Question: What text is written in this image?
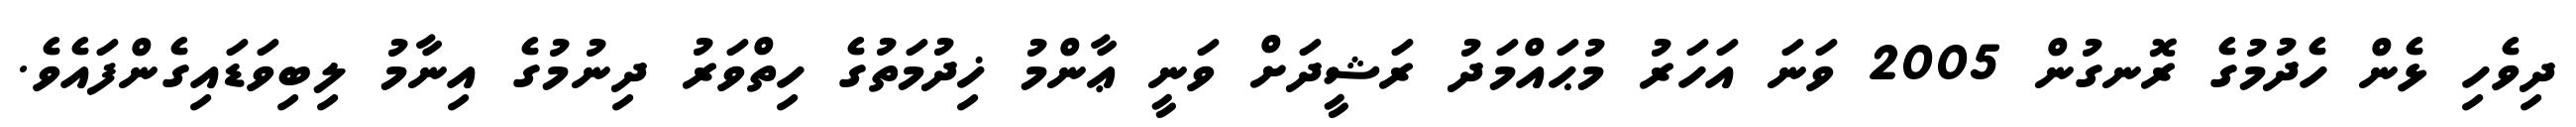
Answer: ދިވެހި ޅެން ހެދުމުގެ ރޮނގުން 2005 ވަނަ އަހަރު މުޙައްމަދު ރަޝީދަށް ވަނީ ޢާންމު ޚިދުމަތުގެ ހިތްވަރު ދިނުމުގެ އިނާމު ލިބިވަޑައިގެންފައެވެ.